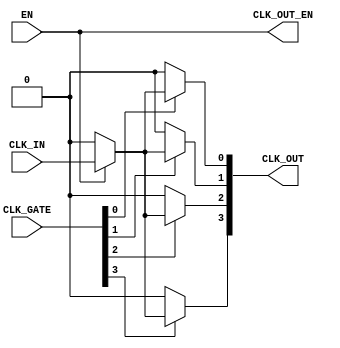
module LowPowerClockBuffer #(
    parameter NUM_OUTPUTS = 4  // Number of clock outputs
)(
    input wire CLK_IN,          // Single-ended clock input
    input wire EN,              // Enable signal
    input wire [NUM_OUTPUTS-1:0] CLK_GATE, // Clock gating signals for each output
    output wire [NUM_OUTPUTS-1:0] CLK_OUT,  // Clock outputs
    output wire CLK_OUT_EN      // Combined output enable signal
);

    // Internal signals
    wire gated_clk;
    
    // Clock gating logic
    assign gated_clk = EN ? CLK_IN : 1'b0; // Enable clock only when EN is high

    // Buffering and output generation
    genvar i;
    generate
        for (i = 0; i < NUM_OUTPUTS; i = i + 1) begin : clock_outputs
            assign CLK_OUT[i] = (CLK_GATE[i]) ? gated_clk : 1'b0; // Apply clock gating
        end
    endgenerate

    // Combined output enable signal
    assign CLK_OUT_EN = EN;

    // (Optionally) Temperature compensation and hysteresis can be implemented
    // as part of the clock input processing if necessary.

endmodule